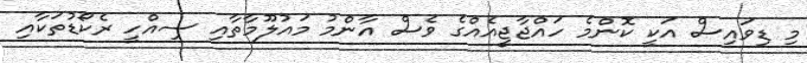
މި ޑިވައިސް އަކީ ކޮންމެ ހައްޖާޖީއެއްގެ ވެސް އާންމު މައުލޫމާތާއި ސިއްހީ ރެކޯޑުތަކާއި